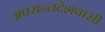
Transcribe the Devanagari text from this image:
अपरान्तदेशवासी